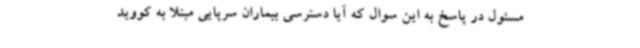
مسئول در پاسخ به این سوال که آیا دسترسی بیماران سرپایی مبتلا به کووید